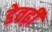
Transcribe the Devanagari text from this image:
डेवढ़ी